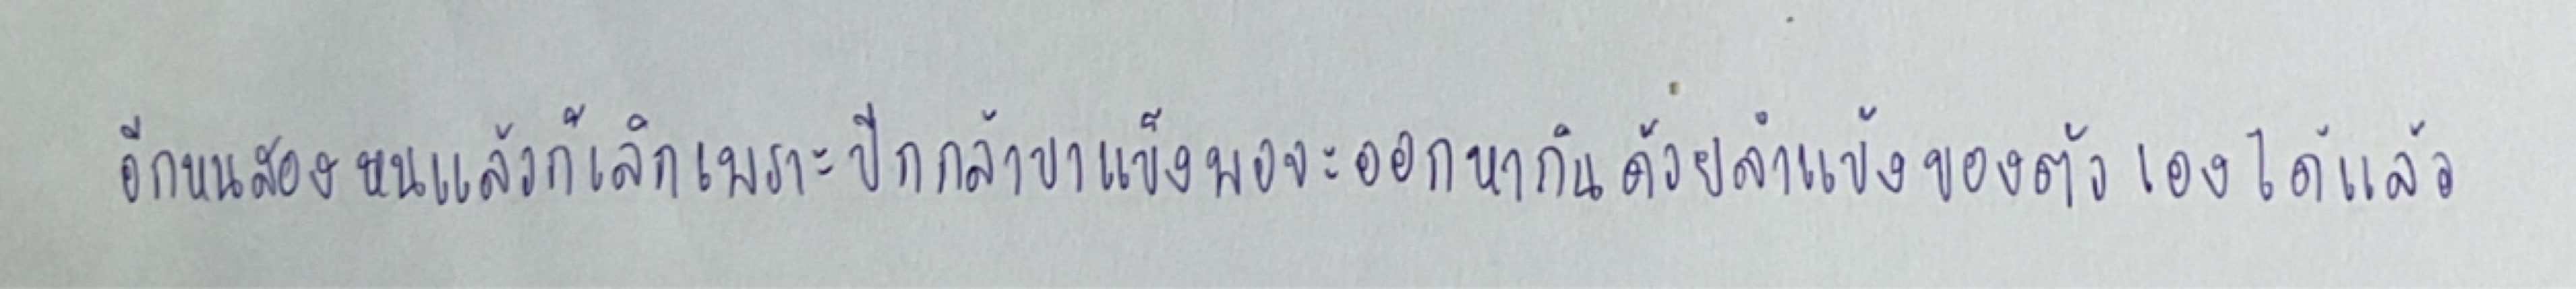
อีกหนสองหนแล้วก็เลิกเพราะปีกกล้าขาแข็งพอจะออกหากินด้วยลำแข้งของตัวเองได้แล้ว